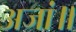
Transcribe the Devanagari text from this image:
अजां॥